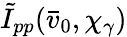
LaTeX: \tilde{I}_{pp}(\bar{v}_{0},\chi_{\gamma})